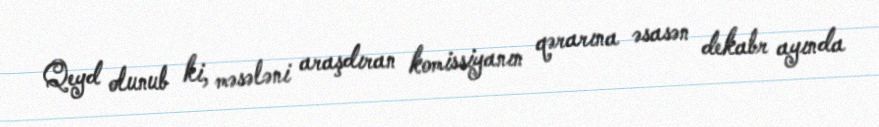
Qeyd olunub ki, məsələni araşdıran komissiyanın qərarına əsasən dekabr ayında